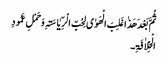
ثُمَّ بَعْدَ ھَذٰاغَلِبَ الْھَوٰی لِحُبِّ الْرِّیٰاسَۃِ وَحَمْلِ عَمُودِ
الْخِلاٰفَۃِ۔